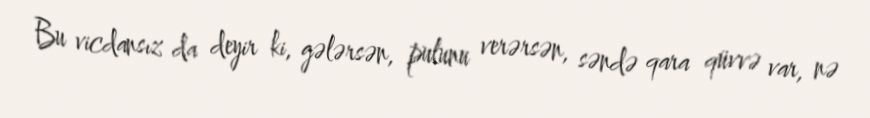
Bu vicdansız da deyir ki, gələrsən, pulunu verərsən, səndə qara qüvvə var, nə